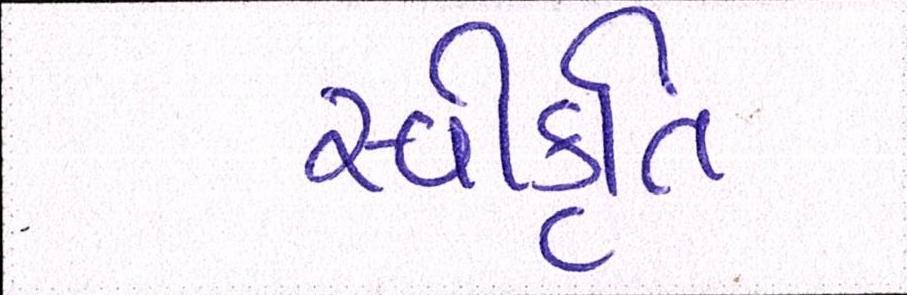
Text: સ્વીકૃતિ